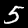
Label: 5